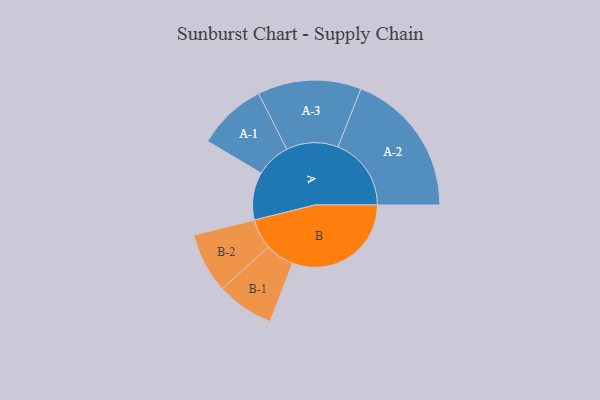
{"axis": {"x": "Segment", "y": "Value"}, "legend": ["", "A", "B"], "data": [{"x": "A", "y": 176, "type": ""}, {"x": "B", "y": 438, "type": ""}, {"x": "A-1", "y": 128, "type": "A"}, {"x": "A-2", "y": 270, "type": "A"}, {"x": "A-3", "y": 191, "type": "A"}, {"x": "B-1", "y": 106, "type": "B"}, {"x": "B-2", "y": 111, "type": "B"}]}